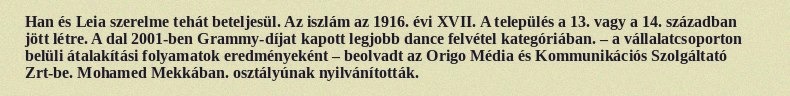
Han és Leia szerelme tehát beteljesül. Az iszlám az 1916. évi XVII. A település a 13. vagy a 14. században jött létre. A dal 2001-ben Grammy-díjat kapott legjobb dance felvétel kategóriában. – a vállalatcsoporton belüli átalakítási folyamatok eredményeként – beolvadt az Origo Média és Kommunikációs Szolgáltató Zrt-be. Mohamed Mekkában. osztályúnak nyilvánították.